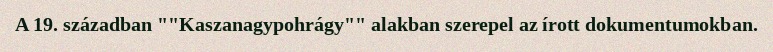
A 19. században ""Kaszanagypohrágy"" alakban szerepel az írott dokumentumokban.